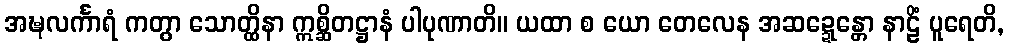
အဍ္ဎလင်္ကာရံ ကတွာ သောတ္ထိနာ ဣစ္ဆိတဋ္ဌာနံ ပါပုဏာတိ။ ယထာ စ ယော တေလေန အဆဍ္ဍေန္တော နာဠိံ ပူရေတိ,